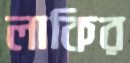
লাকির